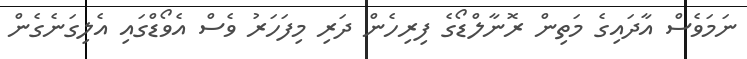
ނަމަވެސް އާދައިގެ މަތިން ރޮނާލްޑޯގެ ފިރިހެން ދަރި މިފަހަރު ވެސް އެވޯޑްގައި އެލިގަނެގެން